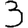
Digit: 3